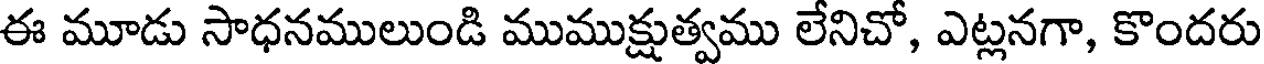
ఈ మూడు సాధనములుండి ముముక్షుత్వము లేనిచో, ఎట్లనగా, కొందరు